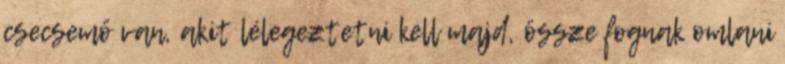
csecsemő van, akit lélegeztetni kell majd, össze fognak omlani